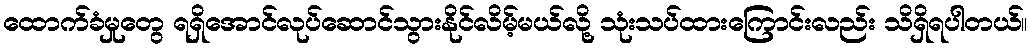
ထောက်ခံမှုတွေ ရရှိအောင်လုပ်ဆောင်သွားနိုင်လိမ့်မယ်လို့ သုံးသပ်ထားကြောင်းလည်း သိရှိရပါတယ်။